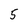
Character: 5